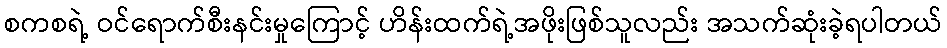
စကစရဲ့ ဝင်ရောက်စီးနင်းမှုကြောင့် ဟိန်းထက်ရဲ့အဖိုးဖြစ်သူလည်း အသက်ဆုံးခဲ့ရပါတယ်